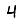
Digit: 4